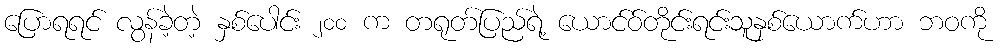
ပြောရရင် လွန်ခဲ့တဲ့ နှစ်ပေါင်း ၂၀၀ က တရုတ်ပြည်ရဲ့ ယောင်ဝ်တိုင်းရင်းသူနှစ်ယောက်ဟာ ဘဝကို